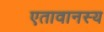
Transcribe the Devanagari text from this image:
एतावानस्य